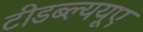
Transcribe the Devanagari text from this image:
टीडब्ल्ययूए